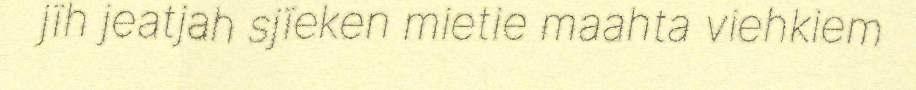
jïh jeatjah sjïeken mietie maahta viehkiem